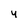
Character: y